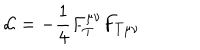
{ \cal L } = - \frac 1 4 F _ { T } ^ { \mu \nu } F _ { T \mu \nu }